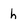
Character: h